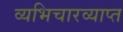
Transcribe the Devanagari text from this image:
व्यभिचारव्याप्त